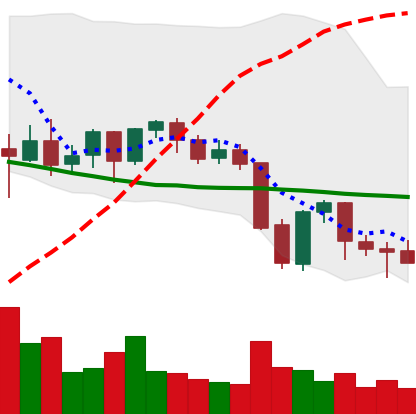
Ticker: NEO-USD
Chart end date: 2021-09-27
Forward return: 12.856%
Label: up_7plus